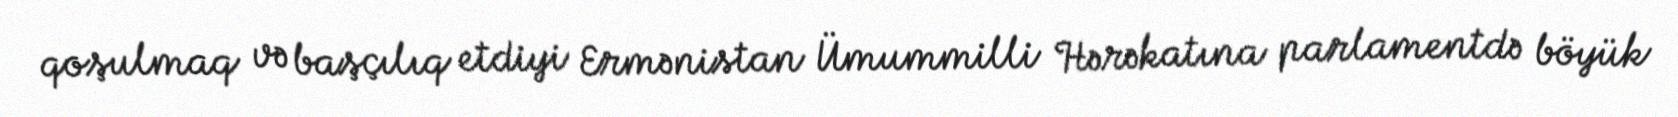
qoşulmaq və başçılıq etdiyi Ermənistan Ümummilli Hərəkatına parlamentdə böyük